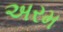
અરમ